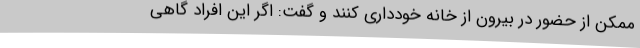
ممکن از حضور در بیرون از خانه خودداری کنند و گفت: اگر این افراد گاهی